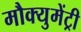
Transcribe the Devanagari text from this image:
मौक्युमेंट्री